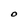
Character: O